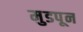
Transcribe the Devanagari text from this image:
मुडपून